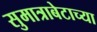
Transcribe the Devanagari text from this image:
सुमात्राबेटाच्या